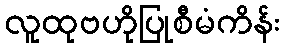
လူထုဗဟိုပြုစီမံကိန်း